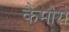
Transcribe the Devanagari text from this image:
कैमोरा